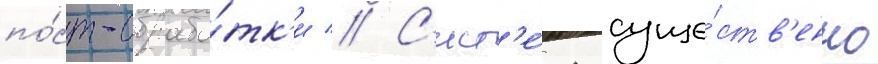
по́ст-обрабо́тк'и // С'ист'е́ма суще́ств'енно